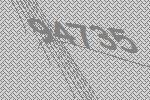
94735